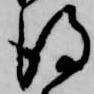
得